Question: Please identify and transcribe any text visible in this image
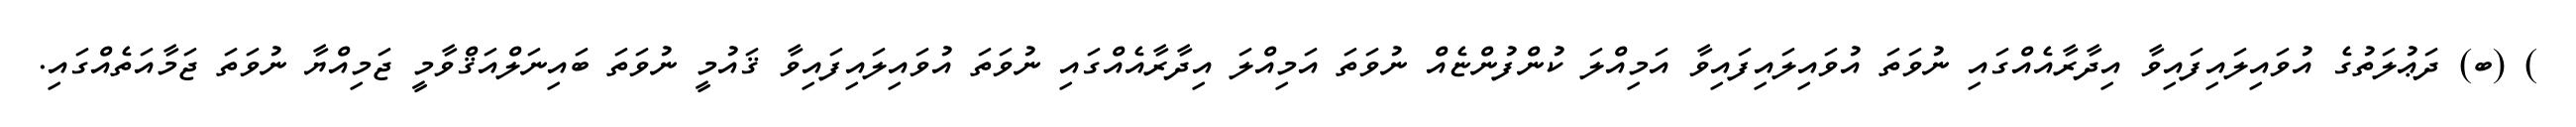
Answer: ) (ބ) ދަޢުލަތުގެ އުވައިލައިފައިވާ އިދާރާއެއްގައި ނުވަތަ އުވައިލައިފައިވާ އަމިއްލަ ކުންފުންޏެއް ނުވަތަ އަމިއްލަ އިދާރާއެއްގައި ނުވަތަ އުވައިލައިފައިވާ ޤައުމީ ނުވަތަ ބައިނަލްއަޤްވާމީ ޖަމިއްޔާ ނުވަތަ ޖަމާއަތެއްގައި.